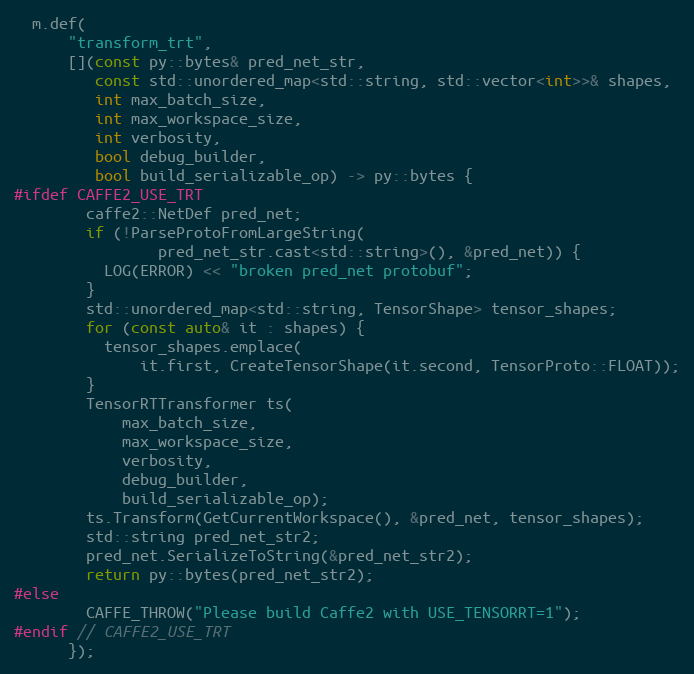
Language: C++
  m.def(
      "transform_trt",
      [](const py::bytes& pred_net_str,
         const std::unordered_map<std::string, std::vector<int>>& shapes,
         int max_batch_size,
         int max_workspace_size,
         int verbosity,
         bool debug_builder,
         bool build_serializable_op) -> py::bytes {
#ifdef CAFFE2_USE_TRT
        caffe2::NetDef pred_net;
        if (!ParseProtoFromLargeString(
                pred_net_str.cast<std::string>(), &pred_net)) {
          LOG(ERROR) << "broken pred_net protobuf";
        }
        std::unordered_map<std::string, TensorShape> tensor_shapes;
        for (const auto& it : shapes) {
          tensor_shapes.emplace(
              it.first, CreateTensorShape(it.second, TensorProto::FLOAT));
        }
        TensorRTTransformer ts(
            max_batch_size,
            max_workspace_size,
            verbosity,
            debug_builder,
            build_serializable_op);
        ts.Transform(GetCurrentWorkspace(), &pred_net, tensor_shapes);
        std::string pred_net_str2;
        pred_net.SerializeToString(&pred_net_str2);
        return py::bytes(pred_net_str2);
#else
        CAFFE_THROW("Please build Caffe2 with USE_TENSORRT=1");
#endif // CAFFE2_USE_TRT
      });